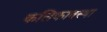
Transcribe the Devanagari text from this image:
कलिकावस्था